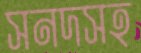
সনদসহ